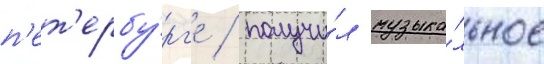
п'ет'ербу́рг'е / получи́л музыка́льное